Indian journal of veterinary science and animal husbandry - Volumes 22-23, 1952-1953
Year: 1952
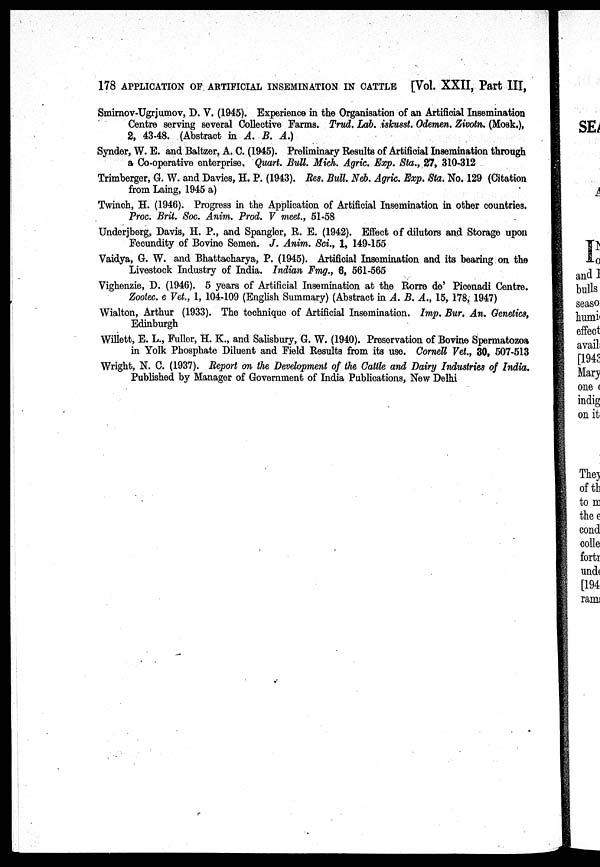
178 APPLICATION OF ARTIFICIAL INSEMINATION IN CATTLE [Vol. XXII, Part III,
Smirnov-Ugrjumov, D. V. (1945). Experience in the Organisation of an Artificial Insemination
Centre serving several Collective Farms. Trud. Lab. iskusst. Odemen. Zivotn. (Mosk.),
2, 43-48. (Abstract in A. B. A.)
Synder, W. E. and Baltzer, A. C. (1945). Preliminary Results of Artificial Insemination through
a Co-operative enterprise. Quart. Bull. Mich. Agric. Exp. Sta., 27, 310-312
Trimberger, G. W. and Davies, H. P. (1943). Res. Bull. Neb. Agric. Exp. Sta. No. 129 (Citation
from Laing, 1945 a)
Twinch, H. (1946). Progress in the Application of Artificial Insemination in other countries.
Proc. Brit. Soc. Anim. Prod. V meet., 51-58
Underjberg, Davis, H. P., and Spangler, R. E. (1942). Effect of dilutors and Storage upon
Fecundity of Bovine Semen. J. Anim. Sci., 1, 149-155
Vaidya, G. W. and Bhattacharya, P. (1945). Artificial Insemination and its bearing on the
Livestock Industry of India. Indian Fmg., 6, 561-565
Vighenzie, D. (1946). 5 years of Artificial Insemination at the Rorre de' Picenadi Centre.
Zootec. e Vet., 1, 104-109 (English Summary) (Abstract in A. B. A., 15, 178, 1947)
Wialton, Arthur (1933). The technique of Artificial Insemination. Imp. Bur. An. Genetics,
Edinburgh
Willett, E. L., Fuller, H. K., and Salisbury, G. W. (1940). Preservation of Bovine Spermatozoa
in Yolk Phosphate Diluent and Field Results from its use. Cornell Vet., 30, 507-513
Wright, N. C. (1937). Report on the Development of the Cattle and Dairy Industries of India.
Published by Manager of Government of India Publications, New Delhi